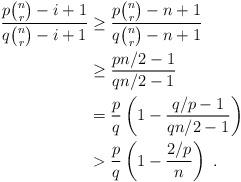
LaTeX: \begin{align*}\frac{p\binom{n}{r}-i+1}{q\binom{n}{r}-i+1} & \ge \frac{p\binom{n}{r}-n+1}{q\binom{n}{r}-n+1}\\& \ge \frac{pn/2-1}{qn/2-1}\\& = \frac{p}{q}\left(1-\frac{q/p-1}{qn/2-1}\right)\\& > \frac{p}{q}\left(1-\frac{2/p}{n}\right)\;.\end{align*}